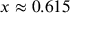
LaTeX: x \approx 0 . 6 1 5